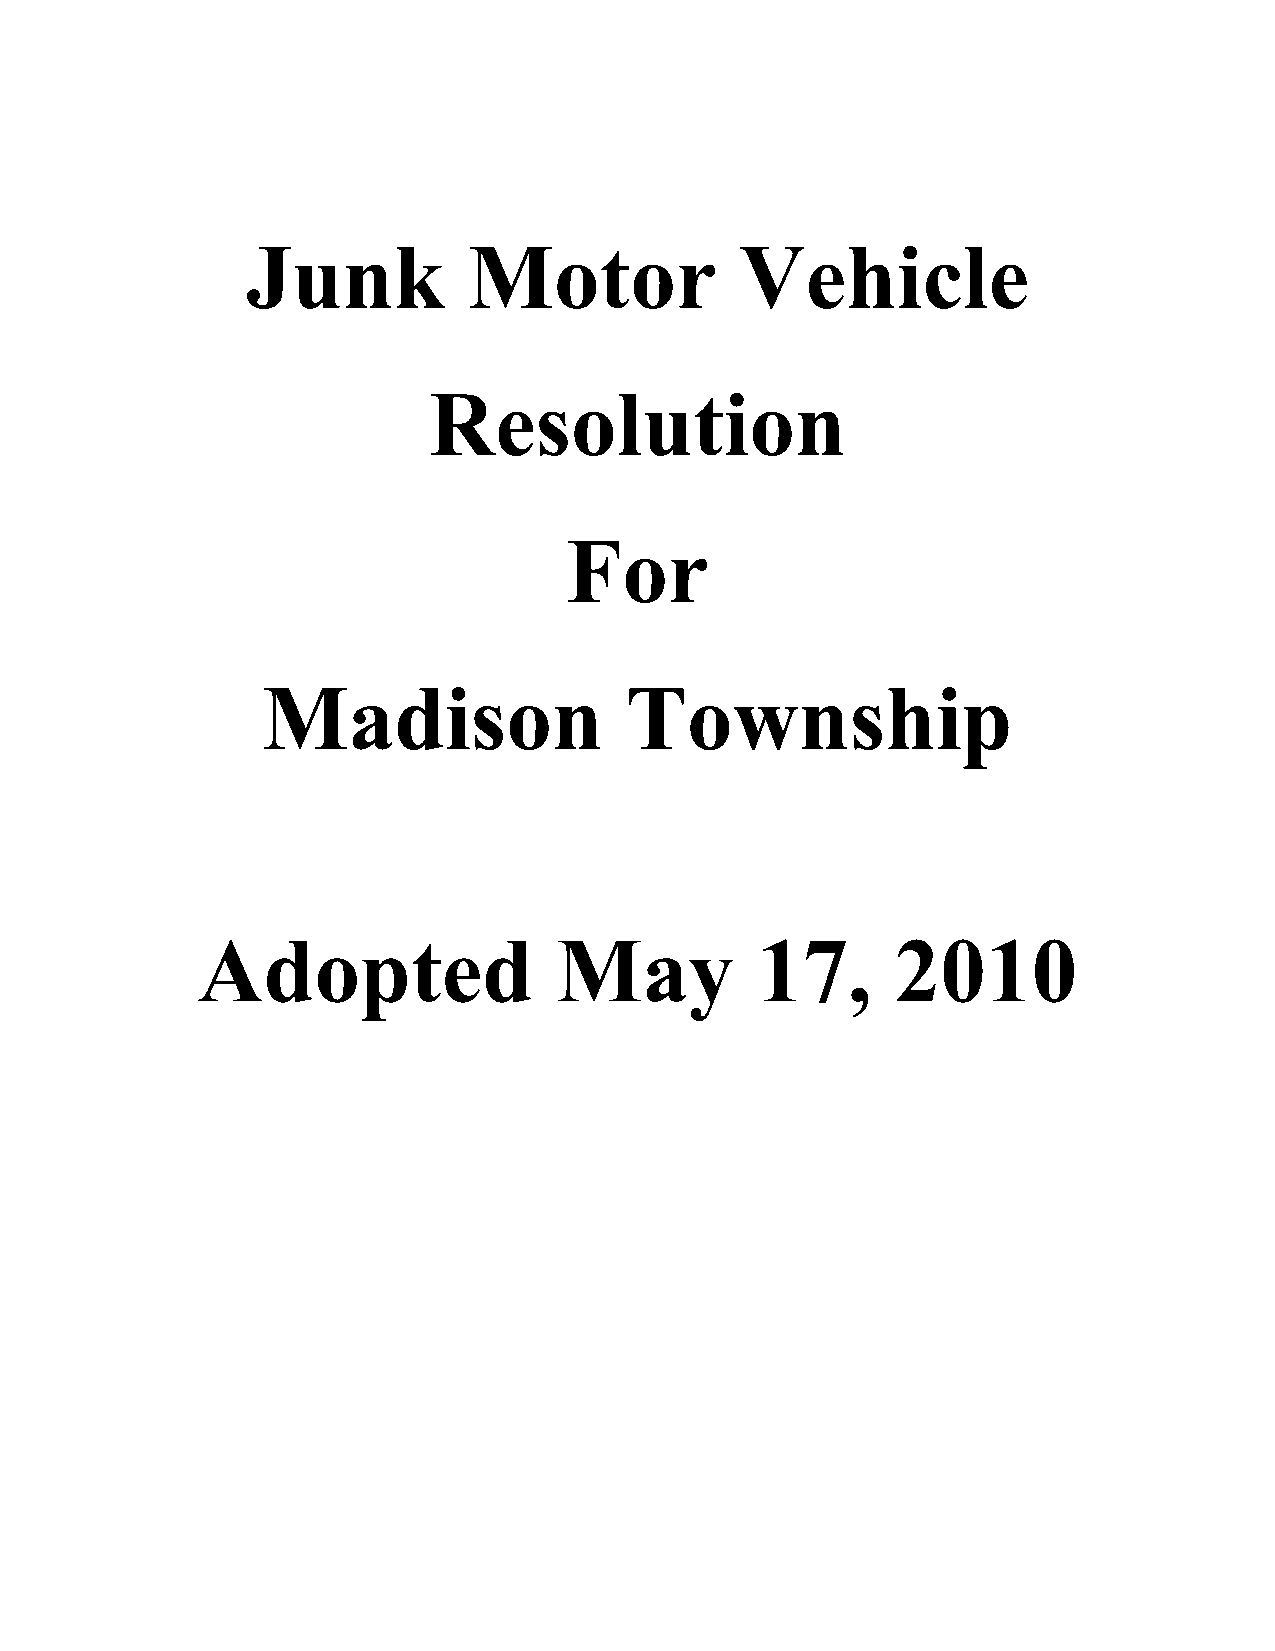
Junk           Motor             Vehicle
 Resolution
 For
 Madison                 Township
 Adopted                 May          17,      2010